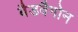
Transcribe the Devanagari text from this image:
बैडवैगोन